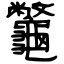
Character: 龞